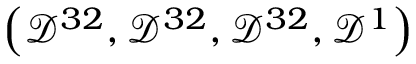
\left( \mathcal { D } ^ { 3 2 } , \mathcal { D } ^ { 3 2 } , \mathcal { D } ^ { 3 2 } , \mathcal { D } ^ { 1 } \right)